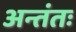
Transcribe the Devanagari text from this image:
अन्तंतः